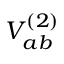
V _ { a b } ^ { ( 2 ) }